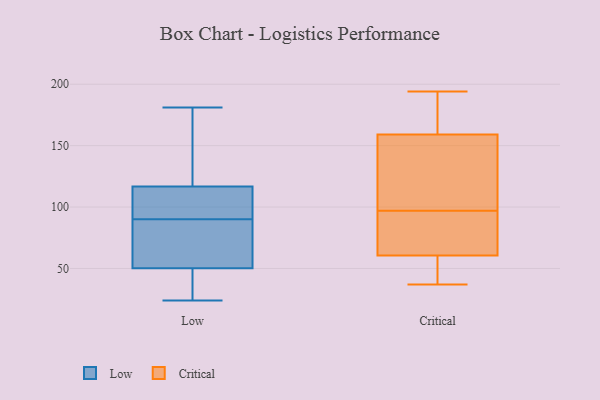
{"axis": {"x": "Energy Usage (MWh)", "y": "Value"}, "legend": ["Critical", "Low"], "data": [{"x": "", "y": 102, "type": "Low"}, {"x": "", "y": 101, "type": "Low"}, {"x": "", "y": 181, "type": "Low"}, {"x": "", "y": 37, "type": "Low"}, {"x": "", "y": 90, "type": "Low"}, {"x": "", "y": 162, "type": "Low"}, {"x": "", "y": 120, "type": "Low"}, {"x": "", "y": 107, "type": "Low"}, {"x": "", "y": 24, "type": "Low"}, {"x": "", "y": 41, "type": "Low"}, {"x": "", "y": 38, "type": "Low"}, {"x": "", "y": 89, "type": "Low"}, {"x": "", "y": 141, "type": "Low"}, {"x": "", "y": 78, "type": "Low"}, {"x": "", "y": 84, "type": "Low"}, {"x": "", "y": 159, "type": "Critical"}, {"x": "", "y": 68, "type": "Critical"}, {"x": "", "y": 194, "type": "Critical"}, {"x": "", "y": 37, "type": "Critical"}, {"x": "", "y": 162, "type": "Critical"}, {"x": "", "y": 63, "type": "Critical"}, {"x": "", "y": 150, "type": "Critical"}, {"x": "", "y": 97, "type": "Critical"}, {"x": "", "y": 44, "type": "Critical"}, {"x": "", "y": 82, "type": "Critical"}, {"x": "", "y": 42, "type": "Critical"}, {"x": "", "y": 81, "type": "Critical"}, {"x": "", "y": 143, "type": "Critical"}, {"x": "", "y": 185, "type": "Critical"}, {"x": "", "y": 159, "type": "Critical"}, {"x": "", "y": 134, "type": "Critical"}, {"x": "", "y": 53, "type": "Critical"}]}